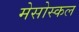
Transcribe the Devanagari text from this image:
मेसोस्कल